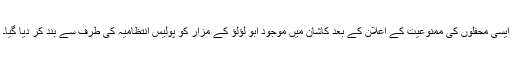
ایسی محفلوں کی ممنوعیت کے اعلان کے بعد کاشان میں موجود ابو لؤلؤ کے مزار کو پولیس انتظامیہ کی طرف سے بند کر دیا گیا۔